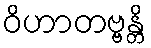
ဝိဟာတဗ္ဗန္တိ